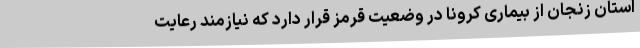
استان زنجان از بیماری کرونا در وضعیت قرمز قرار دارد که نیازمند رعایت